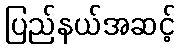
ပြည်နယ်အဆင့်